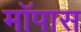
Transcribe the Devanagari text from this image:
मॉपास